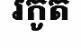
រកូត